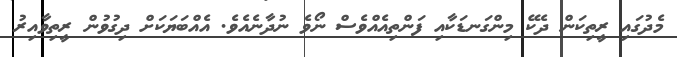
މެދުގައި ރީތިކަން ދެކޭ މިންގަނޑަކާއި ފަންތިއެއްވެސް ނޯވެ ނުދާނެއެވެ. އެއްބަޔަކަށް ދިގުވުން ރީތިވާއިރު